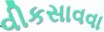
વીકસાવવા